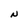
Character: N